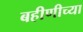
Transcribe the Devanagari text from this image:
बहीणीच्या